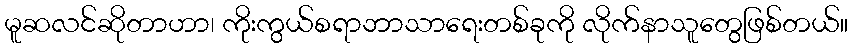
မူဆလင်ဆိုတာဟာ၊ ကိုးကွယ်စရာဘာသာရေးတစ်ခုကို လိုက်နာသူတွေဖြစ်တယ်။